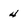
Character: 4